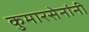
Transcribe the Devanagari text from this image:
कुमारसेनांनी